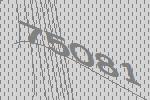
75081